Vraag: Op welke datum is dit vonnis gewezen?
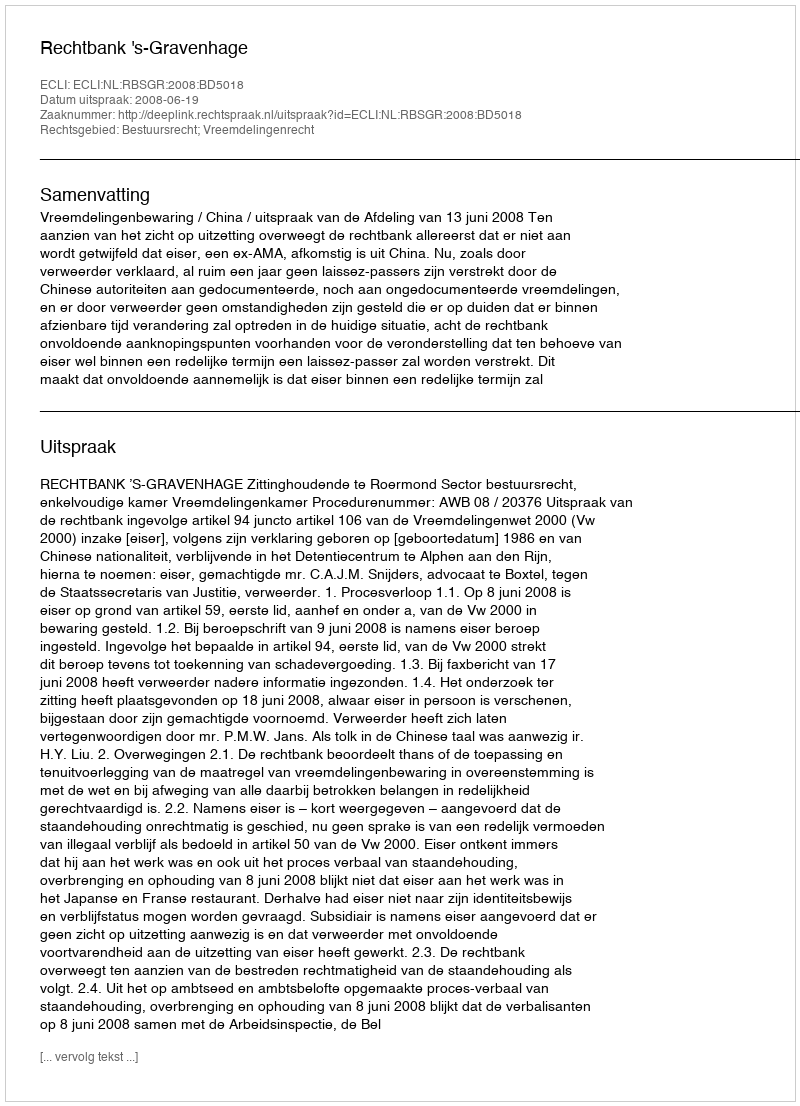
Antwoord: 2008-06-19